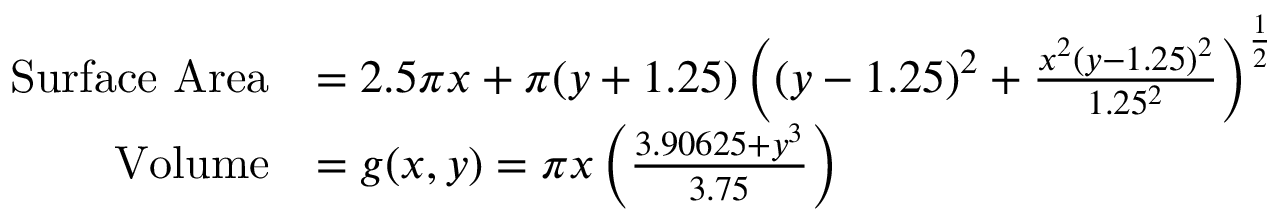
\begin{array} { r l } { \mathrm { S u r f a c e ~ A r e a } } & { = 2 . 5 \pi x + \pi ( y + 1 . 2 5 ) \left( ( y - 1 . 2 5 ) ^ { 2 } + \frac { x ^ { 2 } \left( y - 1 . 2 5 \right) ^ { 2 } } { 1 . 2 5 ^ { 2 } } \right) ^ { \frac { 1 } { 2 } } } \\ { \mathrm { V o l u m e } } & { = g ( x , y ) = \pi x \left( \frac { 3 . 9 0 6 2 5 + y ^ { 3 } } { 3 . 7 5 } \right) } \end{array}